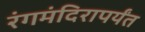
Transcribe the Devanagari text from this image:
रंगमंदिरापर्यंत